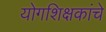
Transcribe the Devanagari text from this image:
योगशिक्षकांचे